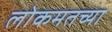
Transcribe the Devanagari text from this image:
लोकमतच्या